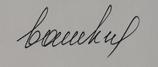
Signature authenticity: forged